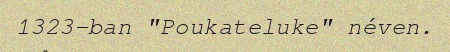
1323-ban "Poukateluke" néven.